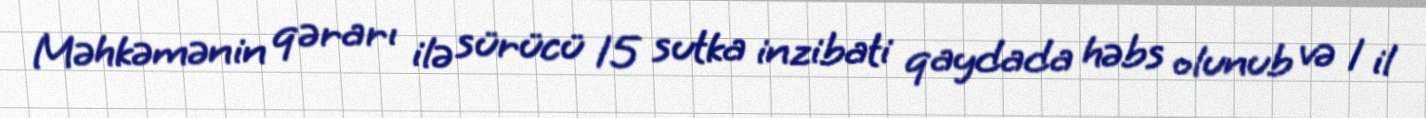
Məhkəmənin qərarı ilə sürücü 15 sutka inzibati qaydada həbs olunub və 1 il